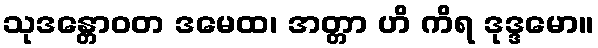
သုဒန္တောဝတ ဒမေထ၊ အတ္တာ ဟိ ကိရ ဒုဒ္ဒမော။